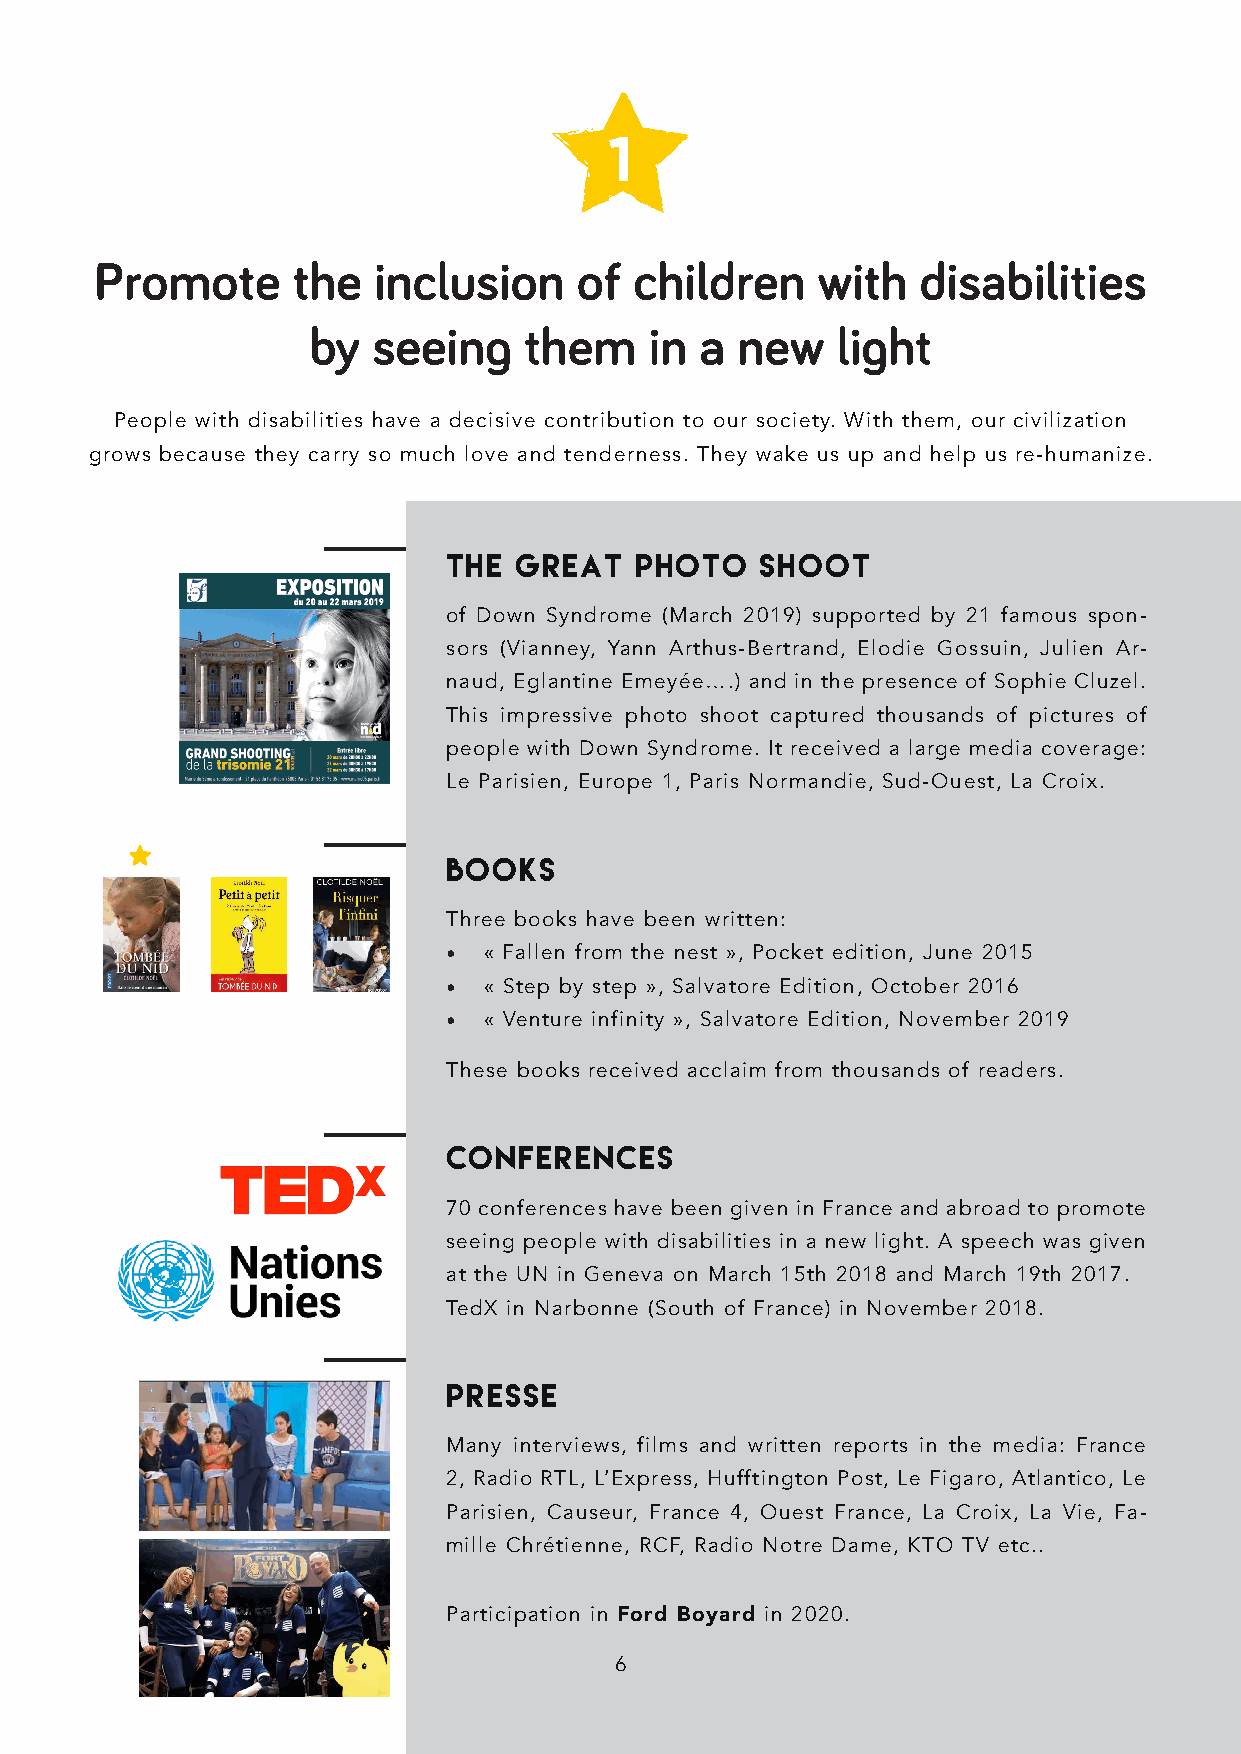
1
 Promote      the   inclusion    of  children    with   disabilities
 by   seeing    them    in a  new   light
 People with disabilities have a decisive contribution to our society. With them, our civilization
 grows because they carry so much love and tenderness. They wake us up and help us re-humanize.
 THE GREAT   PHOTO   SHOOT
 of Down Syndrome (March 2019) supported by 21 famous spon-
 sors (Vianney, Yann Arthus-Bertrand, Elodie Gossuin, Julien Ar-
 naud, Eglantine Emeyée….) and in the presence of Sophie Cluzel.
 This impressive photo shoot captured thousands of pictures of
 people with Down Syndrome. It received a large media coverage:
 Le Parisien, Europe 1, Paris Normandie, Sud-Ouest, La Croix.
 BOOKS
 Three books have been written:
 • « Fallen from the nest », Pocket edition, June 2015
 • « Step by step », Salvatore Edition, October 2016
 • « Venture infinity », Salvatore Edition, November 2019
 These books received acclaim from thousands of readers.
 CONFERENCES
 70 conferences have been given in France and abroad to promote
 seeing people with disabilities in a new light. A speech was given
 at the UN in Geneva on March 15th 2018 and March 19th 2017.
 TedX in Narbonne (South of France) in November 2018.
 PRESSE
 Many interviews, films and written reports in the media: France
 2, Radio RTL, L’Express, Hufftington Post, Le Figaro, Atlantico, Le
 Parisien, Causeur, France 4, Ouest France, La Croix, La Vie, Fa-
 mille Chrétienne, RCF, Radio Notre Dame, KTO TV etc..
 Participation in Ford Boyard in 2020.
 6